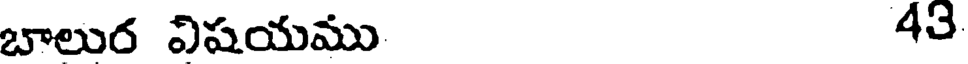
బాలుర విషయము 43